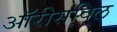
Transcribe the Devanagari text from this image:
ऑरीसविल